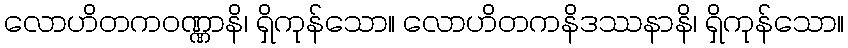
လောဟိတကဝဏ္ဏာနိ၊ ရှိကုန်သော။ လောဟိတကနိဒဿနာနိ၊ ရှိကုန်သော။